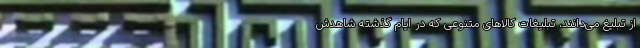
از تبلیغ می‌دانند، تبلیغات کالاهای متنوعی که در ایامِ گذشته شاهدش